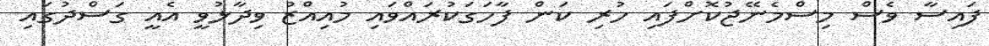
ފައިސާ ވެސް މިސްމެނޭޖުކޮށްފައި ހުރި ކަން ފާހަގަކުރައްވައި މުއިއްޒު ވިދާޅުވީ އެއީ ގަސްދުގައި